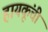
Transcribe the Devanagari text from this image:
हायकूंची